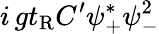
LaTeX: i\, gt_{\mathrm{R}}C^{\prime}\psi_{+}^{*}\psi_{-}^{2}